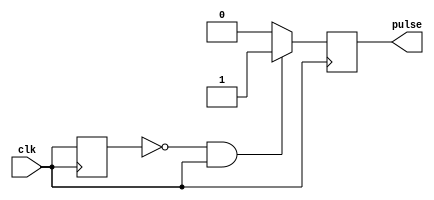
module rising_edge_pulse_generator(
    input wire clk,
    output reg pulse
);

reg clk_prev;

always @(posedge clk) begin
    if (!clk_prev & clk) begin
        pulse <= 1;
    end else begin
        pulse <= 0;
    end
    clk_prev <= clk;
end

endmodule